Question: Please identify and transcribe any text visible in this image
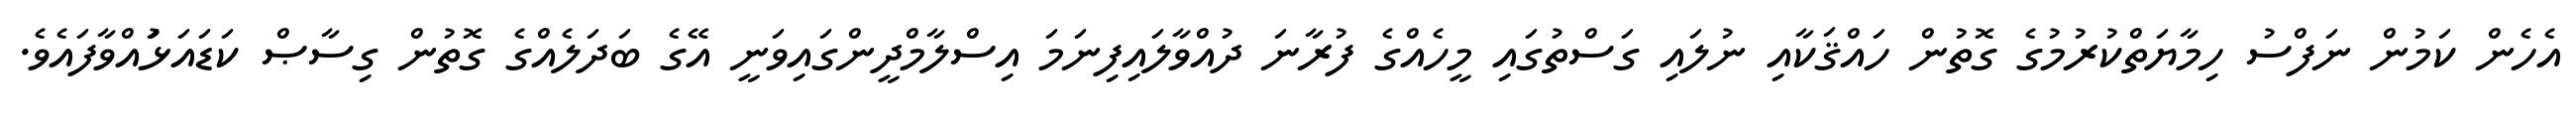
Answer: އެހެން ކަމުން ނަފްސު ހިމާޔަތްކުރުމުގެ ގޮތުން ހައްޤަކާއި ނުލައި ގަސްތުގައި މީހެއްގެ ފުރާނަ ދުއްވާލައިފިނަމަ އިސްލާމްދީންގައިވަނީ އޭގެ ބަދަލެއްގެ ގޮތުން ގިސާޞް ކަޑައަޅުައްވާފައެވެ.